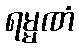
ရမ္မဏံ